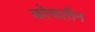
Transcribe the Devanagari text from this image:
कोचलीन